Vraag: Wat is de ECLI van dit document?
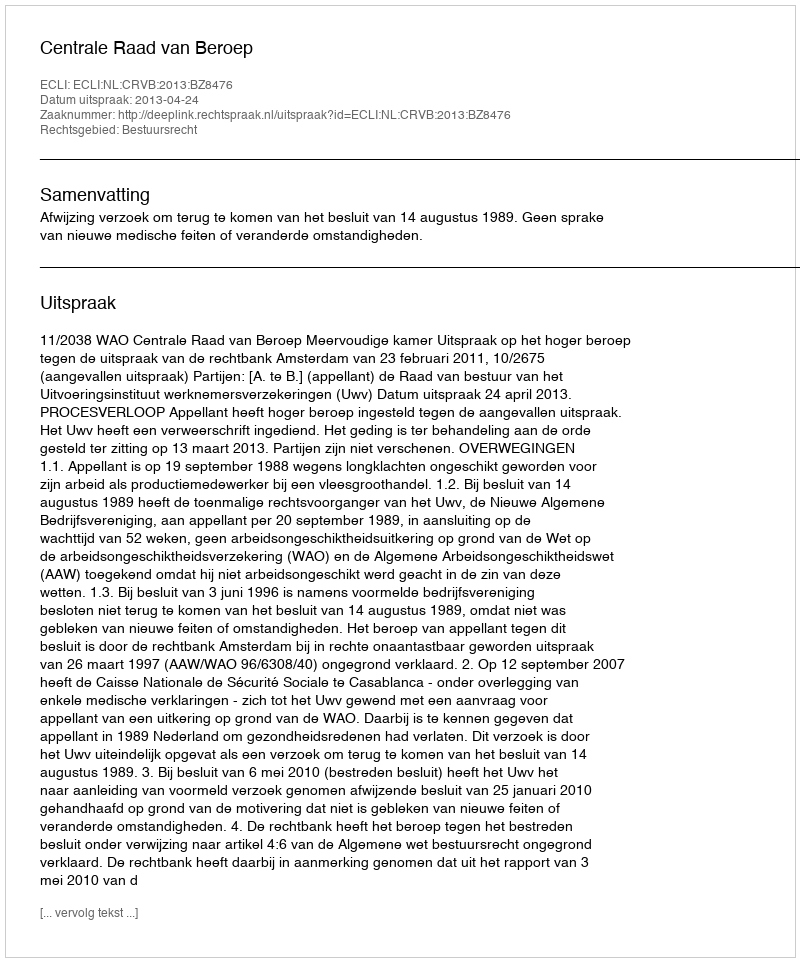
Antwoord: ECLI:NL:CRVB:2013:BZ8476